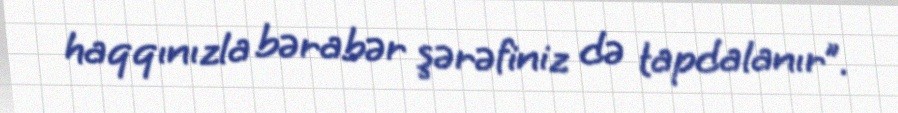
haqqınızla bərabər şərəfiniz də tapdalanır”.